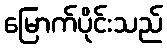
မြောက်ပိုင်းသည်